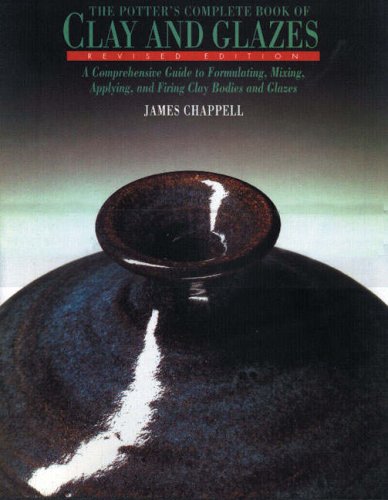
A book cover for The Potter's Complete Book of Clay and Glazes: A Comprehensive Guide to Formulating, Mixing, Applying, and Firing Clay Bodies and Glazes; James Chappell; Crafts, Hobbies & Home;